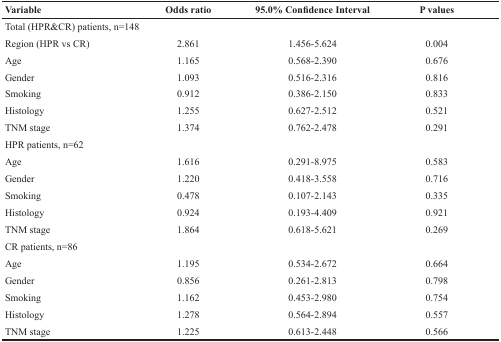
| Variable | Odds ratio | 95.0% Confidence Interval | P values |
 | --- | --- | --- | --- |
 | Total (HPR&CR) patients, n=148 |  |  |  |
 | Region (HPR vs CR) | 2.861 | 1.456-5.624 | 0.004 |
 | Age | 1.165 | 0.568-2.390 | 0.676 |
 | Gender | 1.093 | 0.516-2.316 | 0.816 |
 | Smoking | 0.912 | 0.386-2.150 | 0.833 |
 | Histology | 1.255 | 0.627-2.512 | 0.521 |
 | TNM stage | 1.374 | 0.762-2.478 | 0.291 |
 | HPR patients, n=62 |  |  |  |
 | Age | 1.616 | 0.291-8.975 | 0.583 |
 | Gender | 1.220 | 0.418-3.558 | 0.716 |
 | Smoking | 0.478 | 0.107-2.143 | 0.335 |
 | Histology | 0.924 | 0.193-4.409 | 0.921 |
 | TNM stage | 1.864 | 0.618-5.621 | 0.269 |
 | CR patients, n=86 |  |  |  |
 | Age | 1.195 | 0.534-2.672 | 0.664 |
 | Gender | 0.856 | 0.261-2.813 | 0.798 |
 | Smoking | 1.162 | 0.453-2.980 | 0.754 |
 | Histology | 1.278 | 0.564-2.894 | 0.557 |
 | TNM stage | 1.225 | 0.613-2.448 | 0.566 |